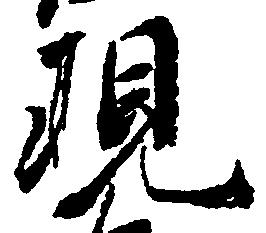
現